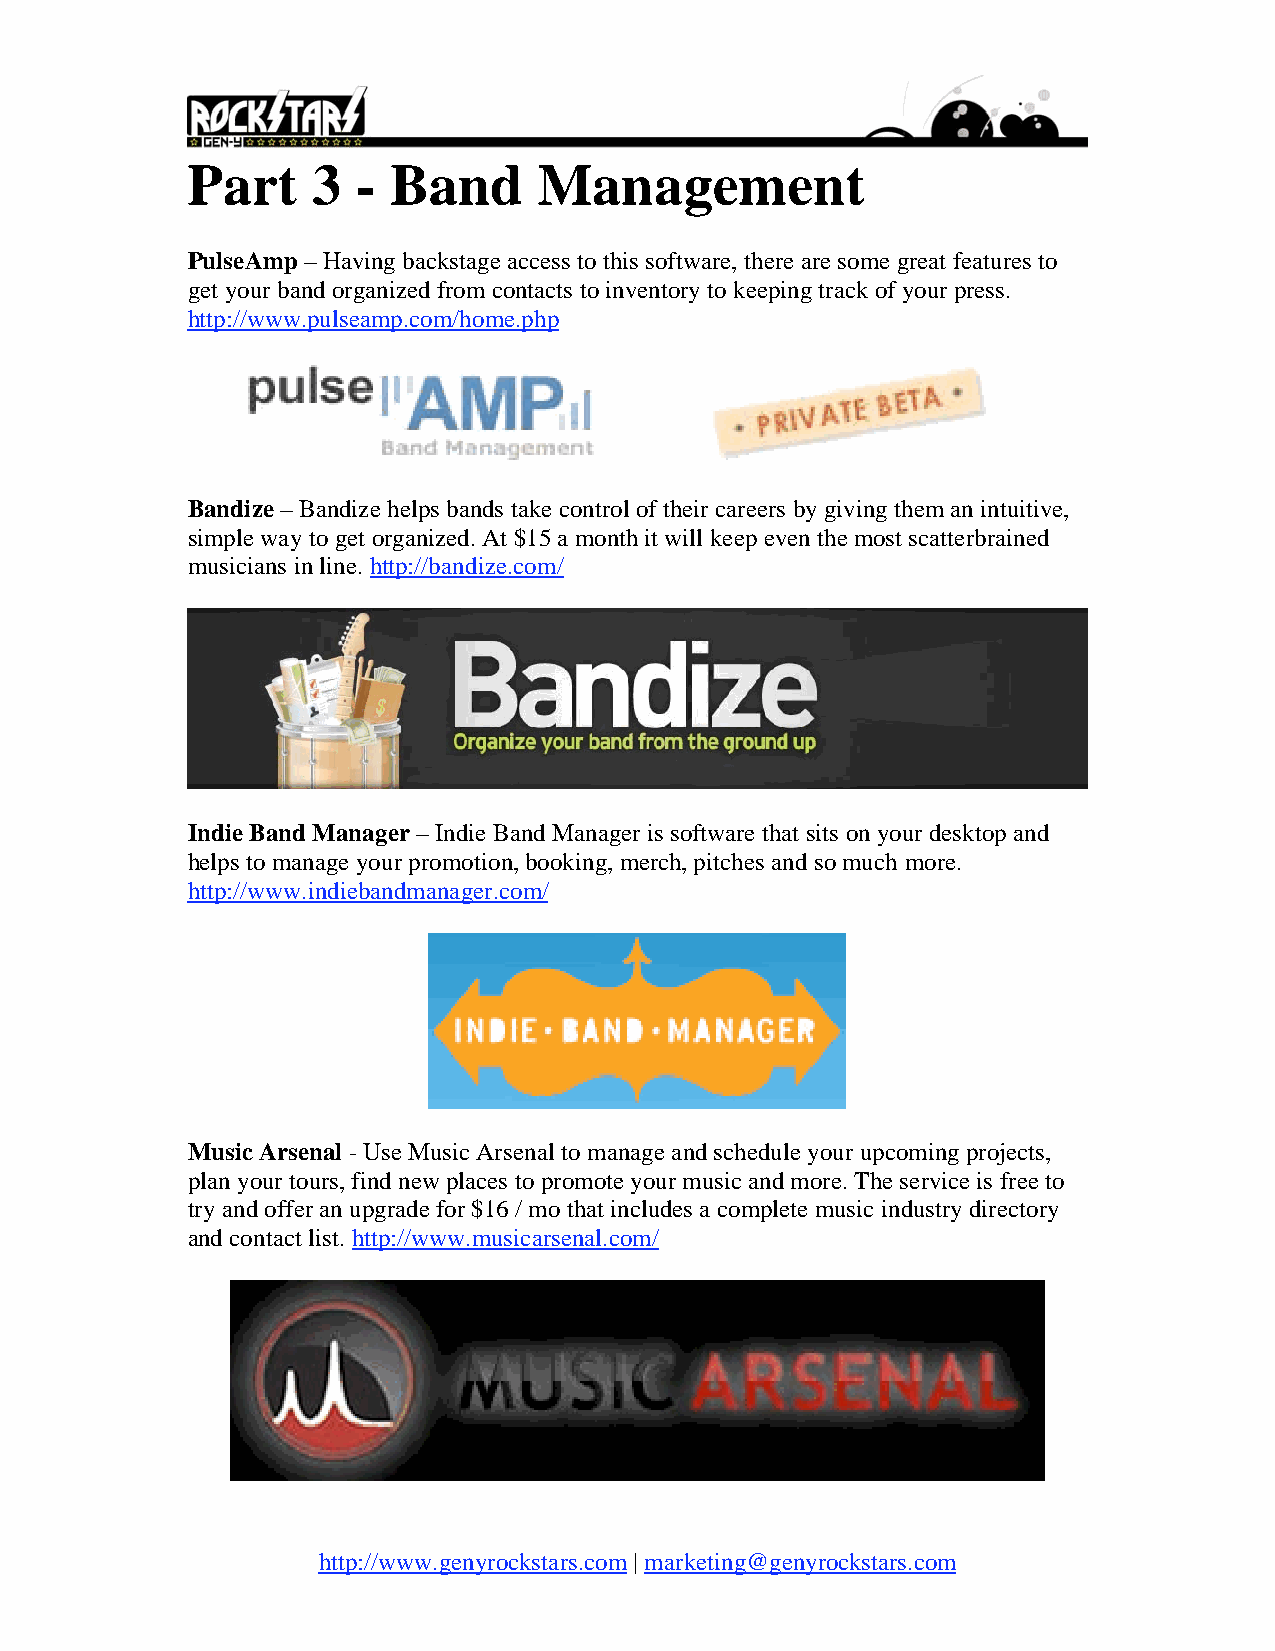
Part     3  - Band      Management
 PulseAmp – Having backstage access to this software, there are some great features to
 get your band organized from contacts to inventory to keeping track of your press.
 http://www.pulseamp.com/home.php
 Bandize – Bandize helps bands take control of their careers by giving them an intuitive,
 simple way to get organized. At $15 a month it will keep even the most scatterbrained
 musicians in line. http://bandize.com/
 Indie Band Manager – Indie Band Manager is software that sits on your desktop and
 helps to manage your promotion, booking, merch, pitches and so much more.
 http://www.indiebandmanager.com/
 Music Arsenal - Use Music Arsenal to manage and schedule your upcoming projects,
 plan your tours, find new places to promote your music and more. The service is free to
 try and offer an upgrade for $16 / mo that includes a complete music industry directory
 and contact list. http://www.musicarsenal.com/
 http://www.genyrockstars.com | marketing@genyrockstars.com